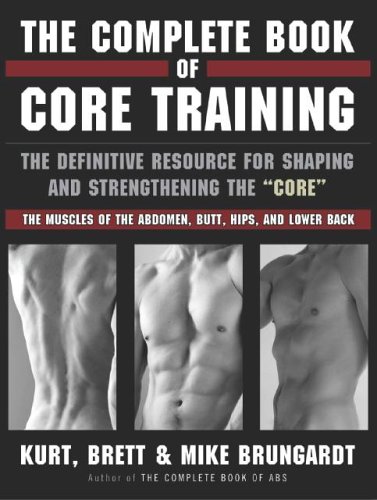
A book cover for The Complete Book of Core Training: The Definitive Resource for Shaping and Strengthening the 'Core' -- The Muscles of the Abdomen, Butt, Hips, and Lower Back; Kurt, Brett, & Mike Brungardt; Health, Fitness & Dieting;